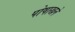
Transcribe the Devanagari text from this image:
पोषाखने